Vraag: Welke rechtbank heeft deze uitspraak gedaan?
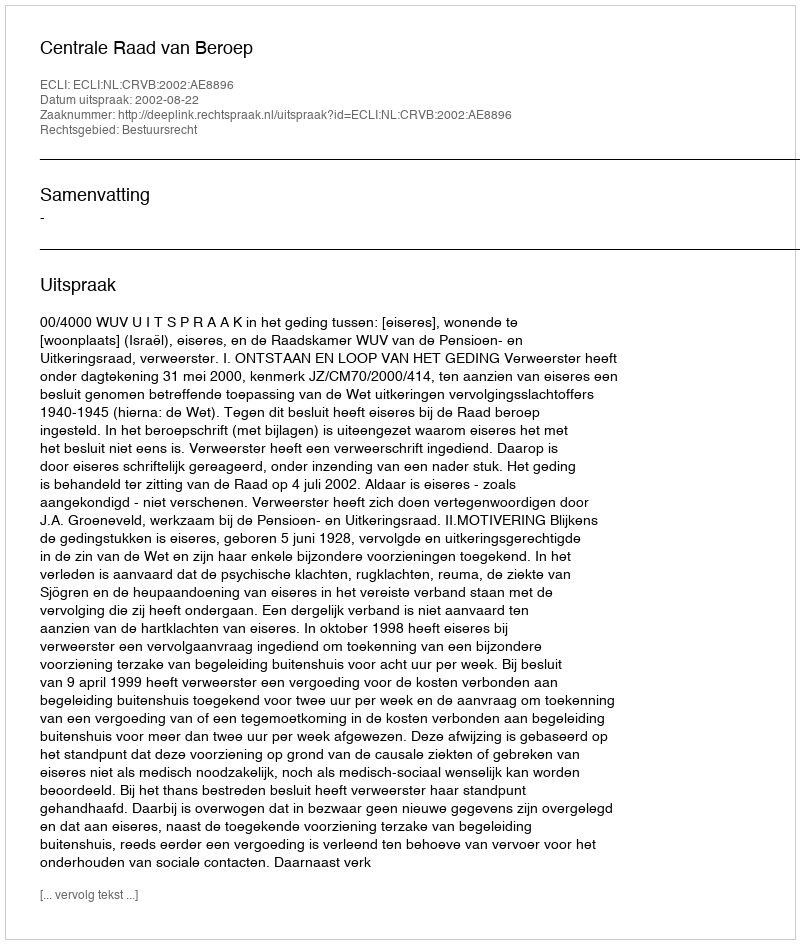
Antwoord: Centrale Raad van Beroep